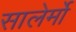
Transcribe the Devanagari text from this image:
सालेर्मो